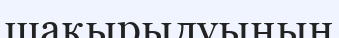
шақырылуының